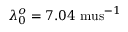
\lambda _ { 0 } ^ { o } = 7 . 0 4 \mathrm { \ m u s } ^ { - 1 }